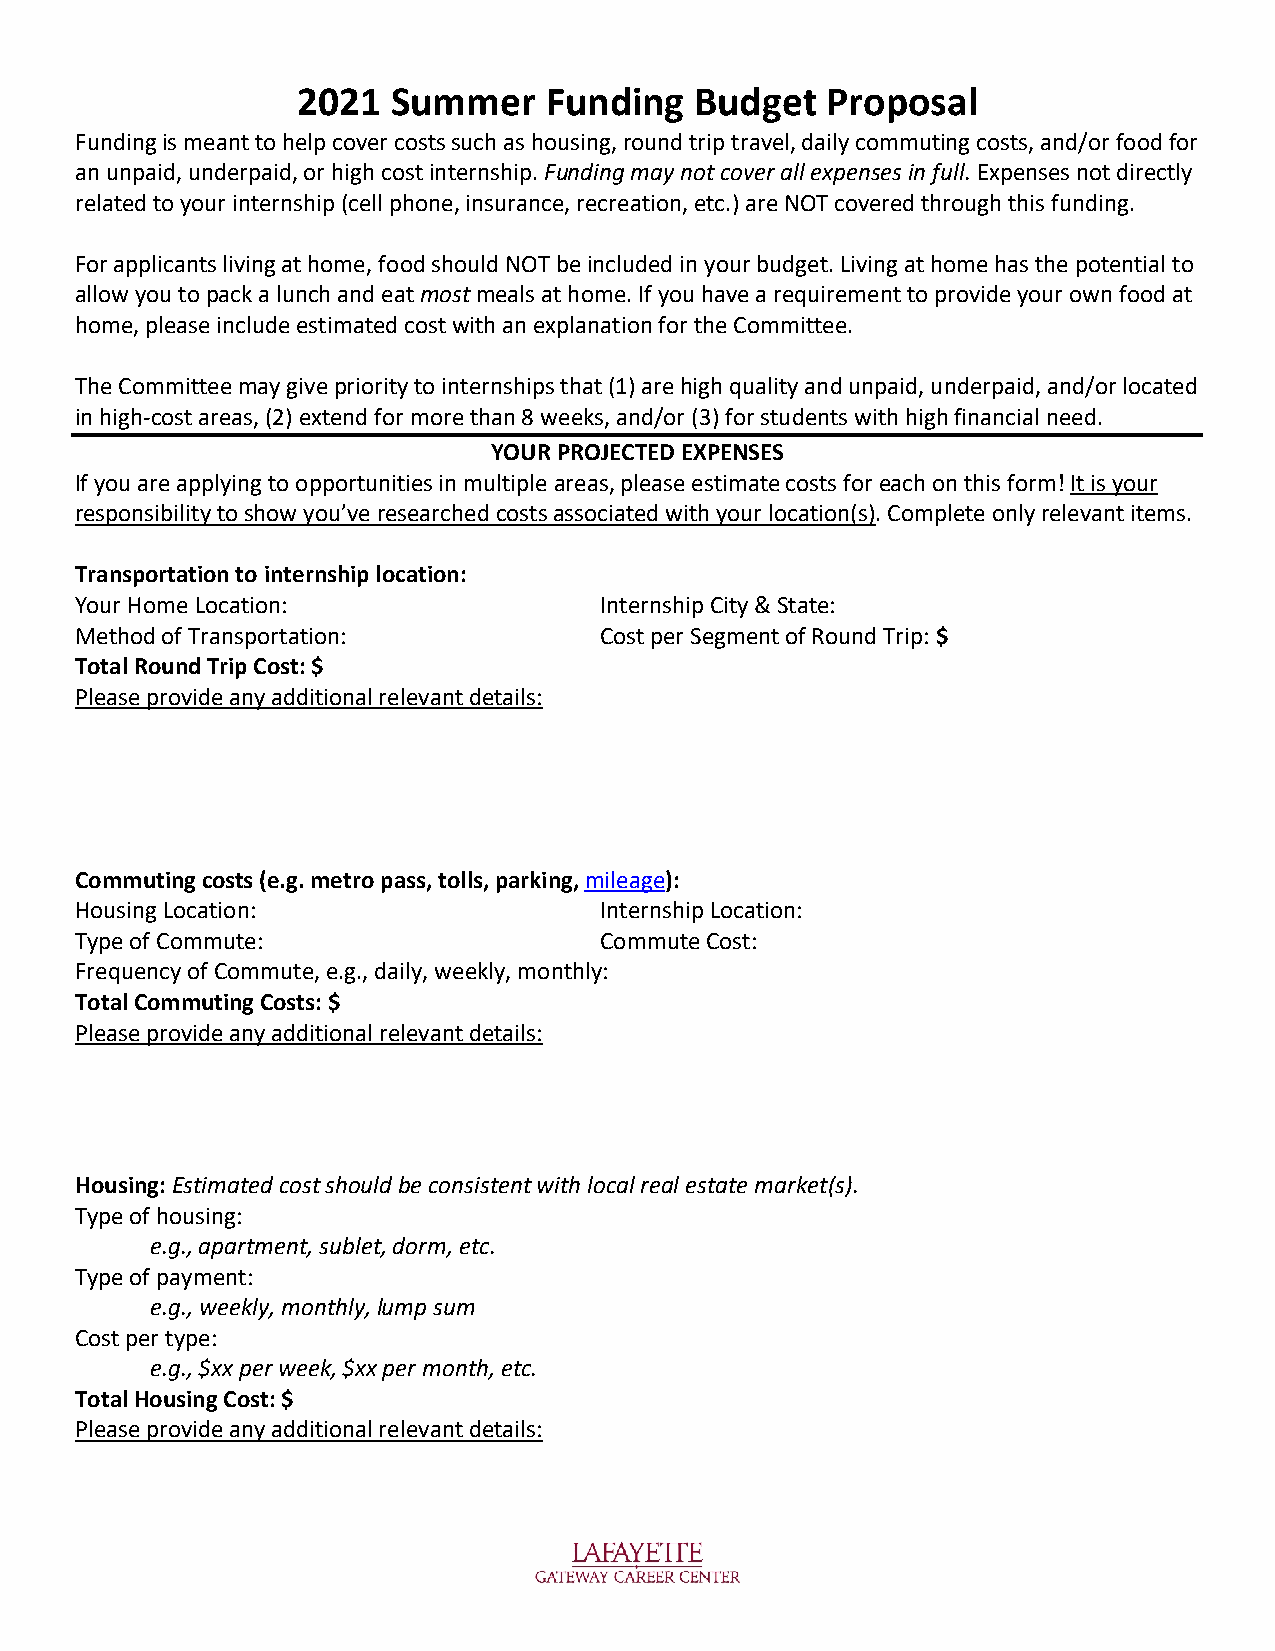
2021  Summer    Funding   Budget   Proposal
 Funding is meant to help cover costs such as housing, round trip travel, daily commuting costs, and/or food for
 an unpaid, underpaid, or high cost internship. Funding may not cover all expenses in full. Expenses not directly
 related to your internship (cell phone, insurance, recreation, etc.) are NOT covered through this funding.
 For applicants living at home, food should NOT be included in your budget. Living at home has the potential to
 allow you to pack a lunch and eat most meals at home. If you have a requirement to provide your own food at
 home, please include estimated cost with an explanation for the Committee.
 The Committee may give priority to internships that (1) are high quality and unpaid, underpaid, and/or located
 in high-cost areas, (2) extend for more than 8 weeks, and/or (3) for students with high financial need.
 YOUR PROJECTED EXPENSES
 If you are applying to opportunities in multiple areas, please estimate costs for each on this form! It is your
 responsibility to show you’ve researched costs associated with your location(s). Complete only relevant items.
 Transportation to internship location:
 Your Home Location:                Internship City & State:
 Method of Transportation:          Cost per Segment of Round Trip: $
 Total Round Trip Cost: $
 Please provide any additional relevant details:
 Commuting costs (e.g. metro pass, tolls, parking, mileage):
 Housing Location:                  Internship Location:
 Type of Commute:                   Commute Cost:
 Frequency of Commute, e.g., daily, weekly, monthly:
 Total Commuting Costs: $
 Please provide any additional relevant details:
 Housing: Estimated cost should be consistent with local real estate market(s).
 Type of housing:
 e.g., apartment, sublet, dorm, etc.
 Type of payment:
 e.g., weekly, monthly, lump sum
 Cost per type:
 e.g., $xx per week, $xx per month, etc.
 Total Housing Cost: $
 Please provide any additional relevant details: